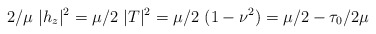
\begin{align*}2/\mu\ |h_z|^2=\mu/2\ |T|^2=\mu/2\ (1-\nu^2)=\mu/2-\tau_0/{2\mu}\end{align*}